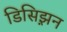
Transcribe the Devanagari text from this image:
डिसिझ़न